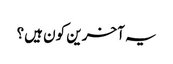
یہ آخرین کون ہیں؟